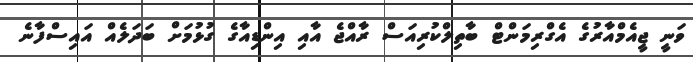
ވަނީ ޖީއެމްއާރުގެ އެގްރިމަންޓް ބާތިލްކުރިއަސް ރާއްޖެ އާއި އިންޑިއާގެ ގުޅުމަށް ބަދަލެއް އައިސްފާނެ